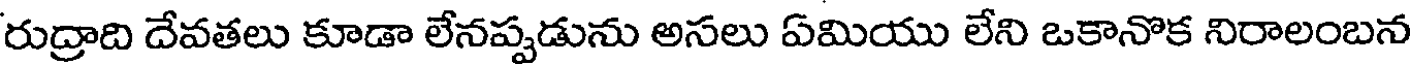
రుద్రాది దేవతలు కూడా లేనప్పడును అసలు ఏమియు లేని ఒకానొక నిరాలంబన